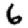
Digit: 6